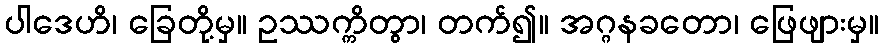
ပါဒေဟိ၊ ခြေတို့မှ။ ဥဿက္ကိတွာ၊ တက်၍။ အဂ္ဂနခတော၊ ဖြေဖျားမှ။